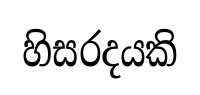
හිසරදයකි